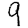
Digit: 9